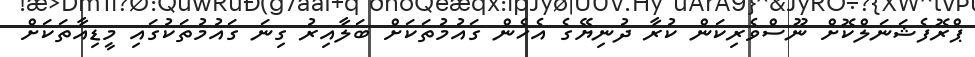
ޕްރޮފެޝަނަލްކޮށް ނޫސްވެރިކަން ކުރާ ދުނިޔޭގެ އެހެން ގައުމުތަކަށް ބަލާއިރު ގިނަ ގައުމުތަކުގައި މީޑިއާތަކަށް